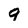
Character: q